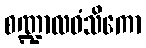
စဏ္ဍာလဝံသိကော